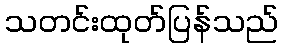
သတင်းထုတ်ပြန်သည်